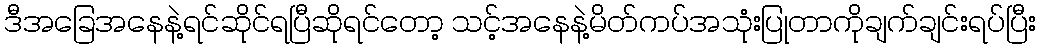
ဒီအခြေအနေနဲ့ရင်ဆိုင်ရပြီဆိုရင်တော့ သင့်အနေနဲ့မိတ်ကပ်အသုံးပြုတာကိုချက်ချင်းရပ်ပြီး